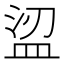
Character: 𥁤